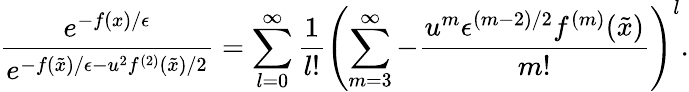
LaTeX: \frac{e^{-f(x)/\epsilon}}{e^{-f(\tilde{x})/\epsilon-{u^{2}f^{(2)}(\tilde{x})}/{2}}}=\sum_{l=0}^{\infty}\frac{1}{l!}\left(\sum_{m=3}^{\infty}-\frac{u^{m}\epsilon^{(m-2)/2}f^{(m)}(\tilde{x})}{m!}\right)^{l}.